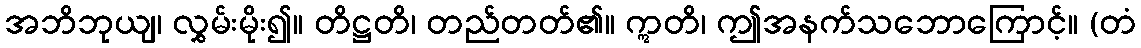
အဘိဘုယျ၊ လွှမ်းမိုး၍။ တိဋ္ဌတိ၊ တည်တတ်၏။ ဣတိ၊ ဤအနက်သဘောကြောင့်။ (တံ